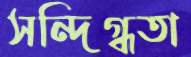
সন্দিগ্ধতা